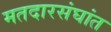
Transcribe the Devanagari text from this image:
मतदारसंघांत